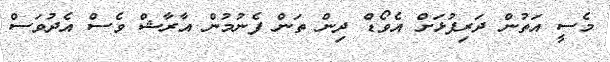
މެސީ އަތުން ދަރިފުޅަށް އެވޯޑް ދިން ތަން ފެނުމުން އާރާާޝް ވެސް އެދުވަސް